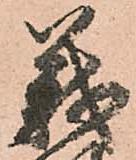
義